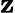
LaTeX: \textbf{z}